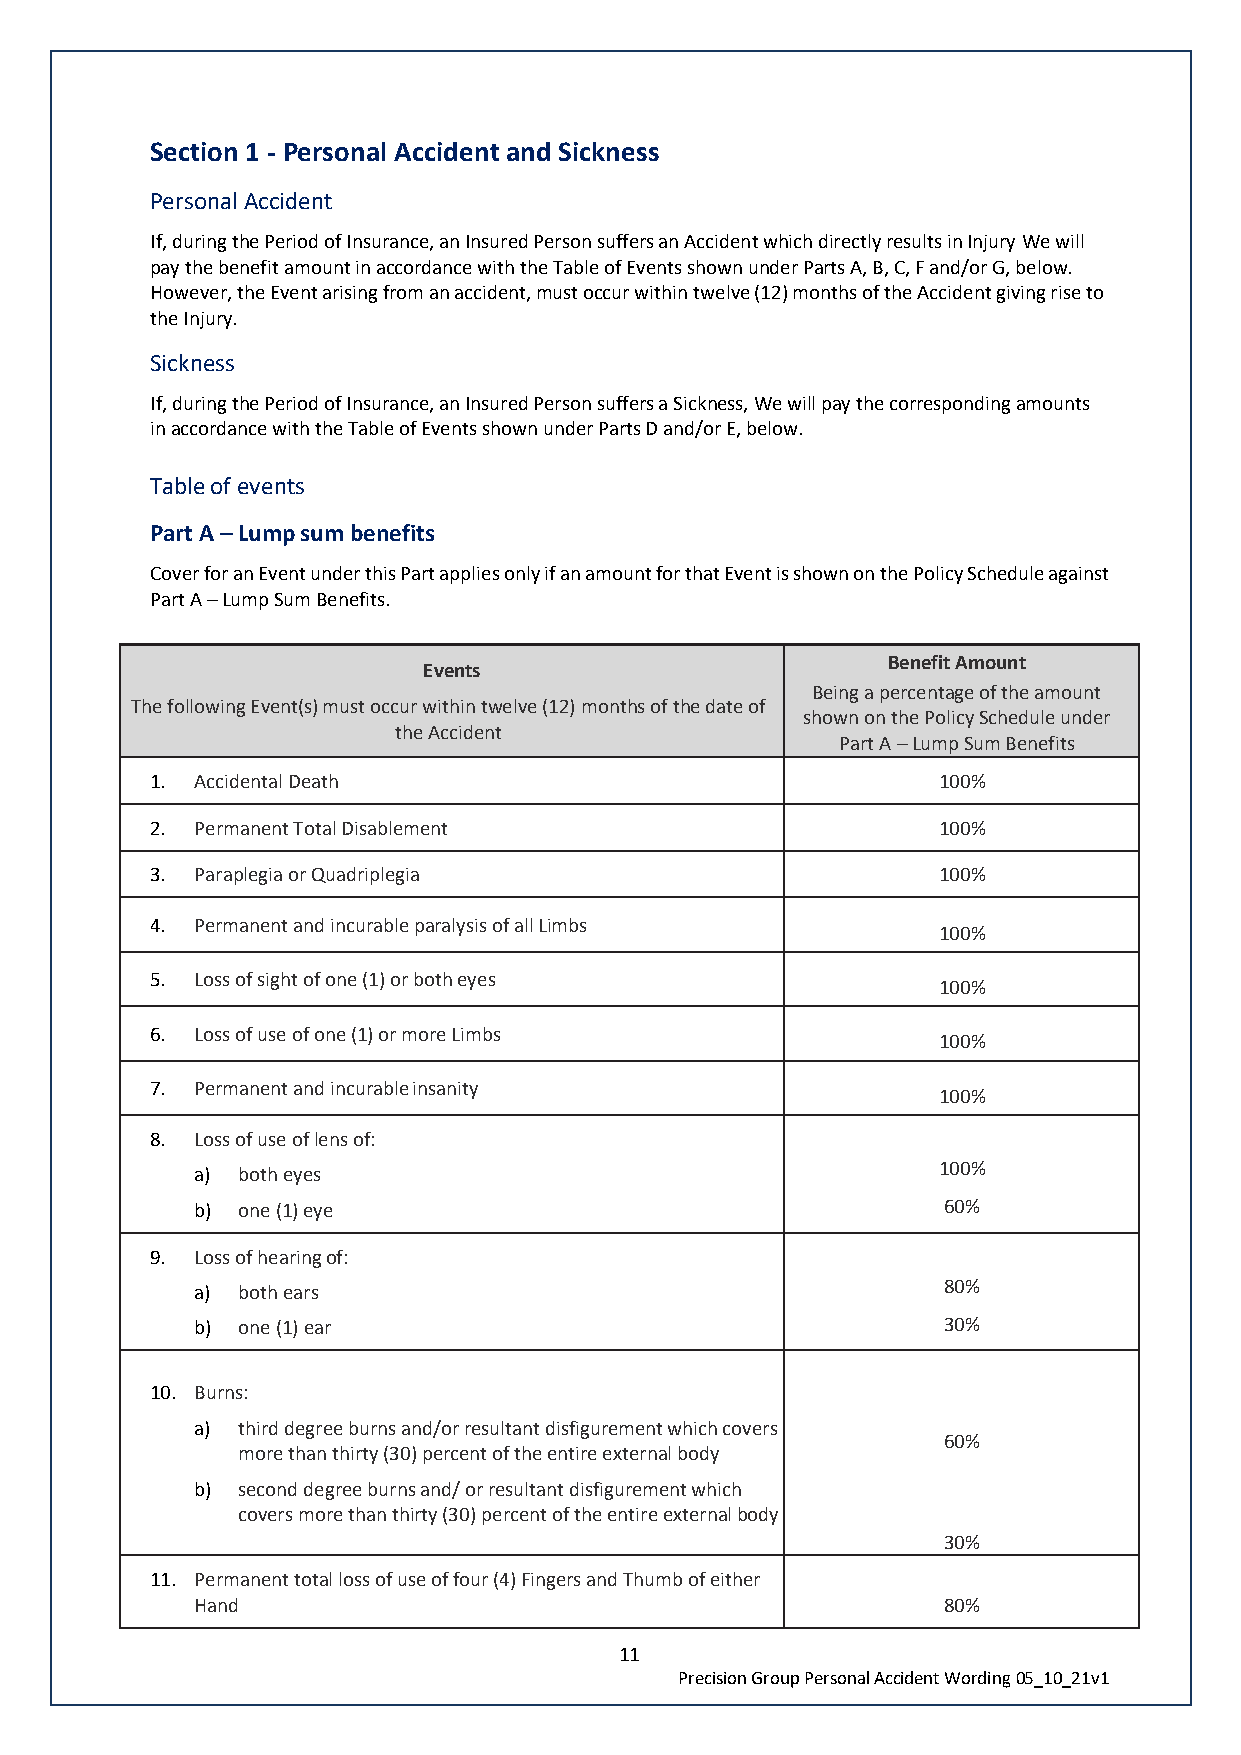
Section 1 - Personal Accident and Sickness
 Personal Accident
 If, during the Period of Insurance, an Insured Person suffers an Accident which directly results in Injury We will
 pay the benefit amount in accordance with the Table of Events shown under Parts A, B, C, F and/or G, below.
 However, the Event arising from an accident, must occur within twelve (12) months of the Accident giving rise to
 the Injury.
 Sickness
 If, during the Period of Insurance, an Insured Person suffers a Sickness, We will pay the corresponding amounts
 in accordance with the Table of Events shown under Parts D and/or E, below.
 Table of events
 Part A – Lump sum benefits
 Cover for an Event under this Part applies only if an amount for that Event is shown on the Policy Schedule against
 Part A – Lump Sum Benefits.
 Benefit Amount
 Events
 Being a percentage of the amount
 The following Event(s) must occur within twelve (12) months of the date of
 shown on the Policy Schedule under
 the Accident
 Part A – Lump Sum Benefits
 1. Accidental Death                                 100%
 2. Permanent Total Disablement                      100%
 3. Paraplegia or Quadriplegia                       100%
 4. Permanent and incurable paralysis of all Limbs
 100%
 5. Loss of sight of one (1) or both eyes
 100%
 6. Loss of use of one (1) or more Limbs
 100%
 7. Permanent and incurable insanity
 100%
 8. Loss of use of lens of:
 a) both eyes                                     100%
 b) one (1) eye                                   60%
 9. Loss of hearing of:
 a) both ears                                     80%
 b) one (1) ear                                   30%
 10. Burns:
 a) third degree burns and/or resultant disfigurement which covers
 60%
 more than thirty (30) percent of the entire external body
 b) second degree burns and/ or resultant disfigurement which
 covers more than thirty (30) percent of the entire external body
 30%
 11. Permanent total loss of use of four (4) Fingers and Thumb of either
 Hand                                             80%
 11
 Precision Group Personal Accident Wording 05_10_21v1